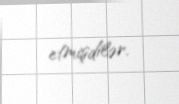
etmişdilər.